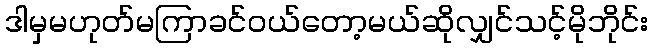
ဒါမှမဟုတ်မကြာခင်ဝယ်တော့မယ်ဆိုလျှင်သင့်မိုဘိုင်း